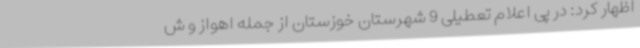
اظهار کرد: در پی اعلام تعطیلی 9 شهرستان خوزستان از جمله اهواز و ش